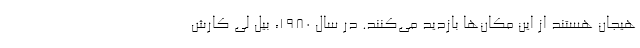
هیجان هستند از این مکان‌ها بازدید می‌کنند. در سال ۱۹۸۰، بیل لی کارش